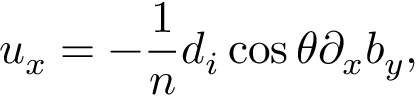
u _ { x } = - \frac { 1 } { n } d _ { i } \cos \theta \partial _ { x } b _ { y } ,